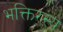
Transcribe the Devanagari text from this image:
भक्तिरस्य